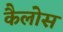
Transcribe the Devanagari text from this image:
कैलोस